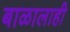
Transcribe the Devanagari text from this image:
बाळालाही